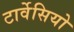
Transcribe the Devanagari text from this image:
टार्वेसियो